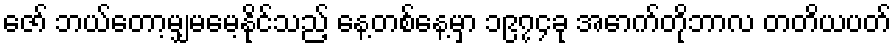
ဇော် ဘယ်တော့မျှမမေ့နိုင်သည့် နေ့တစ်နေ့မှာ ၁၉၇၄ခု အောက်တိုဘာလ တတိယပတ်